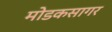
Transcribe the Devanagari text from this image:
मोडकसागर